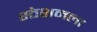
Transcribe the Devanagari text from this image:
स्ठेशनला